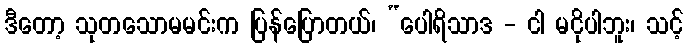
ဒီတော့ သုတသောမမင်းက ပြန်ပြောတယ်၊ “ပေါရိသာဒ - ငါ မငိုပါဘူး၊ သင့်